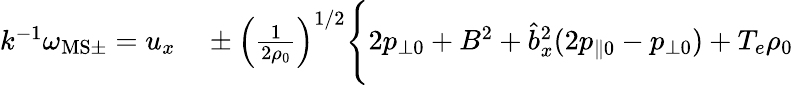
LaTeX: \begin{array}{rl}{k^{-1}\omega_{\mathrm{MS}\pm}=u_{x}}&{{}\pm\left(\frac{1}{2\rho_{0}}\right)^{1/2}\Bigg\{ 2p_{\perp 0}+B^{2}+\hat{b}_{x}^{2}(2p_{\| 0}-p_{\perp 0})+T_{e}\rho_{0}}\end{array}